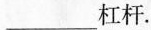
___杠杆。